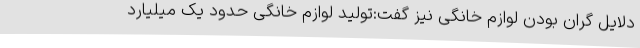
دلایل گران بودن لوازم خانگی نیز گفت:تولید لوازم خانگی حدود یک میلیارد